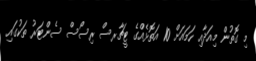
މި ގޮތުން މިއަދާއި ހަމައަށް 10 އަތޮޅެއްގެ ޓީޗާރސް ރިސޯސް ސެންޓަރު ތަކުގައި